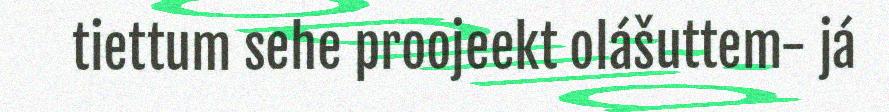
tiettum sehe proojeekt olášuttem- já